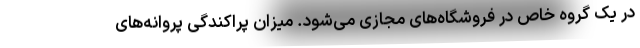
در یک گروه خاص در فروشگاه‌های مجازی می‌شود. میزان پراکندگی پروانه‌های